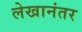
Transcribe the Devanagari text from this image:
लेखानंतर